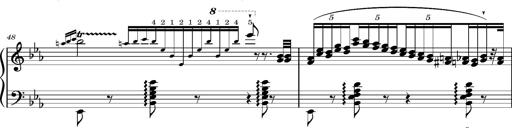
Title: Magyar rapszÃ³diÃ¡k
Composer: Franz Liszt